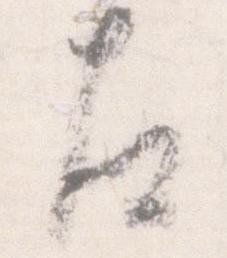
左